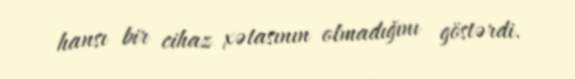
hansı bir cihaz xətasının olmadığını göstərdi.